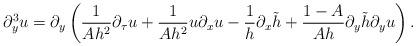
LaTeX: \begin{align*}\partial_y^3 u=\partial_y\left(\frac{1}{Ah^2}\partial_\tau u+\frac{1}{Ah^2}u\partial_x u-\frac{1}{h}\partial_x\tilde{h}+\frac{1-A}{Ah}\partial_y\tilde{h}\partial_y u\right).\end{align*}